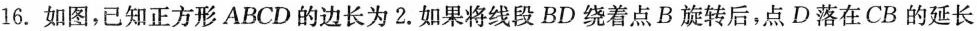
16.如图，已知正方形ABCD的边长为2.如果将线段BD绕着点B旋转后，点D落在CB的延长